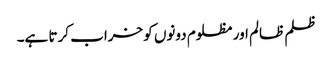
ظلم ظالم اور مظلوم دونوں کو خراب کرتا ہے۔